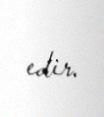
edir.